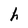
Character: h